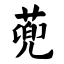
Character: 蔸